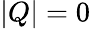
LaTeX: |Q|=0